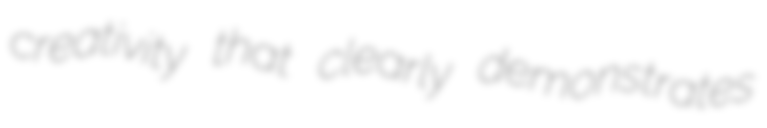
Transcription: creativity that clearly demonstrates